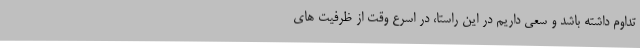
تداوم داشته باشد و سعی داریم در این راستا، در اسرع وقت از ظرفیت های